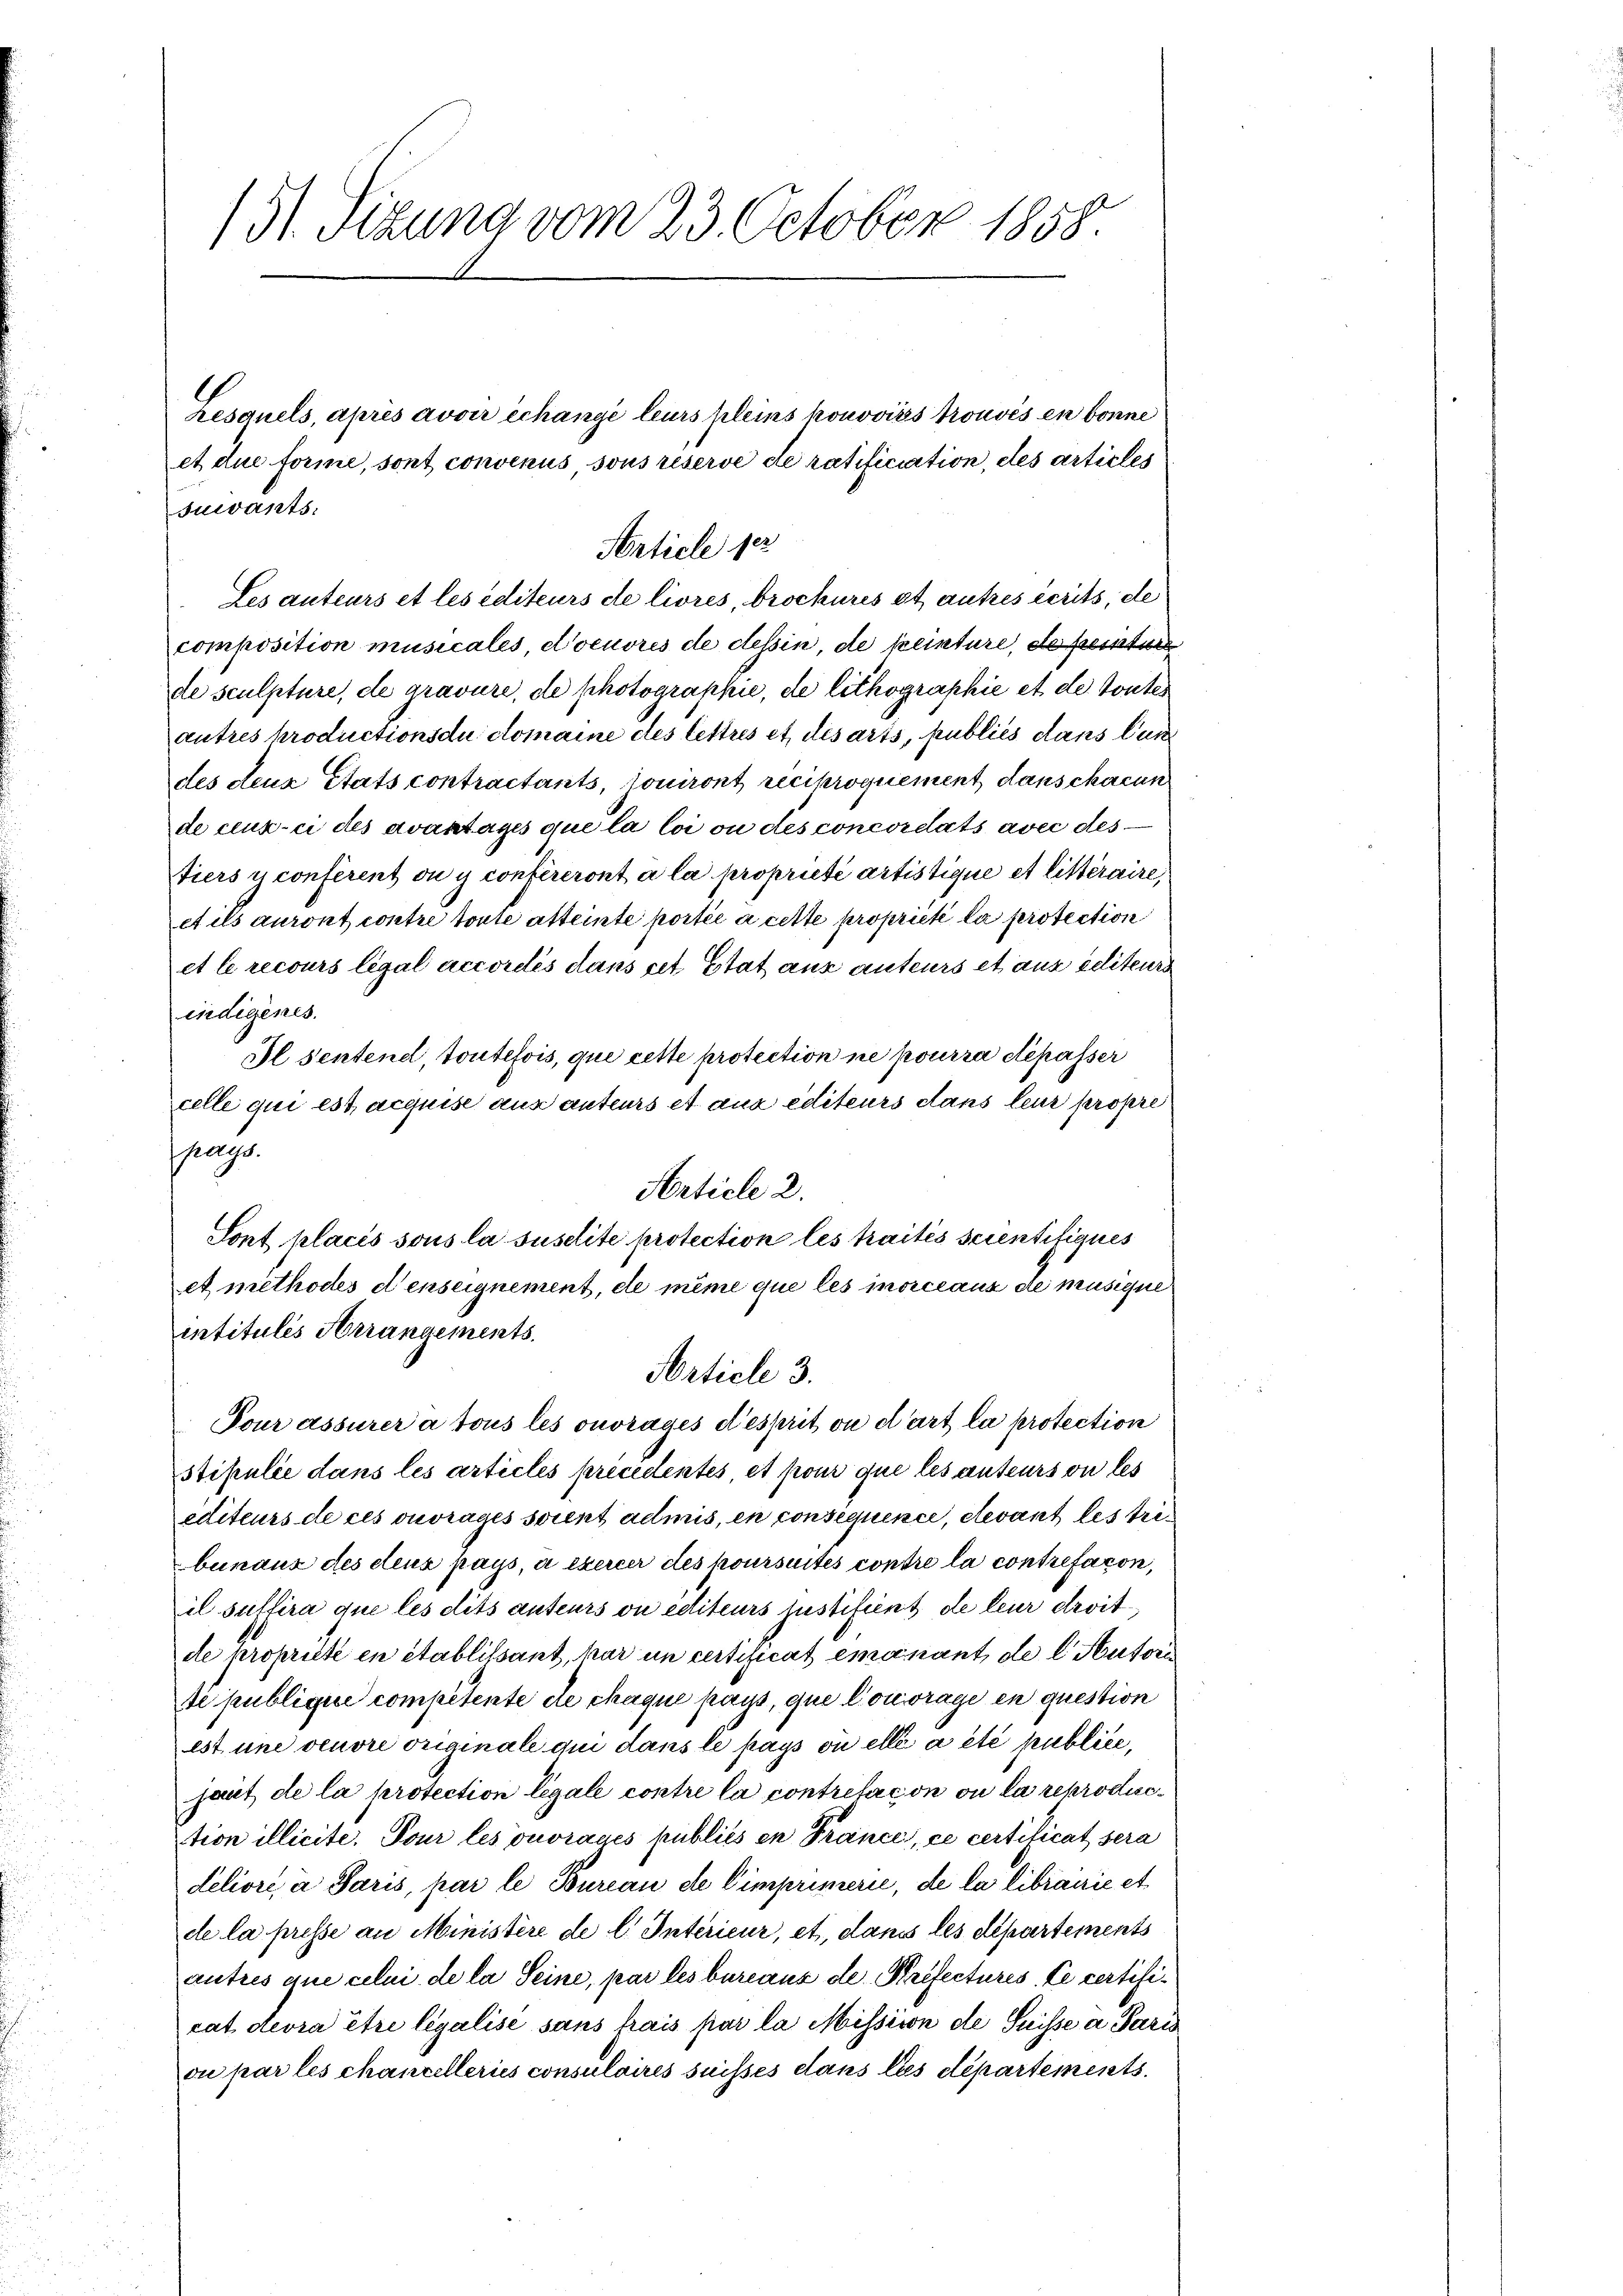
composition musicales, d’oeuvres de dessin, de peinture, de perture
de sculpture, de gravure, de photographie, de lithographie et de toutes
autres productions du comaine des lettres et des arts, publiés dans un
des deux Etats contractants, jouiront reciproquement, danschacun
de ceux-ci des avantages que la loi ou des concordats avec des¬
Tiers y conferent ou y conféreront à la propriété artistique et litteraire,
et ils auront contre toute atteinte portée à cette propriété la protection
et le recours légal accorelés dans cet Stat aux auteurs et aus geliteurs
indigenes.
Il sentend, toutefois, que cette protection ne pourra dépasser
celle qui est, acquise aus anteurs et aux editeurs dans leur propre
page.
Sont placis sous la susclite protection les traités seientifiques
et methodes denseignement, de même que les inorceaux de musique
intitulis Arrangements.
Article 3.
Pour assurer à tous les ouvrages d’esprit ou d’art la protection
stipulie dans les articles precedentes et pour que les anteurs ou les
editeurs de ces ouvrages soient admis, en consequence, devant les tribunaux des cleur pays, à exercer des poursuites contre la contrefacon,
il suffira que les dits anteurs on editeurs lustifient de leur droit
de propriété en établissant, har in certificat emanant, de l. Autori
si publique competente de chaque pays, que l’ouvrage en question
est une veuvre originale qui dans le pays où elle a été publiée,
jaut de la protection légale contre la contretacon ou la reproduction illicite. Pour les ouvrages publiés en France, ce certificat sera
deliore a Paris, par le Bureau de Cimprimerie, de la librarie et
de la presse an Ministère de l. Interieur, et, dans les departements
autres que celui de la Seine, par les bureaus de Préfectures Le certificat devra être legalise sans frais par la Mission de Suisse a Paris
ou par les chancelleries consulaires suisses dans les départements
u

151. Sizung vom 23. October 1858.

suivants.
Article 12
Les auteurs et les éditeurs de livres, brockurés et autres écrits, de

Lesquels, après avoir échange leurs kleins homovirs trouvés en bonne
et die forme, sont convenus sous réserve de ratificiation, des articles

Article 2.